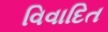
વિવાદિત